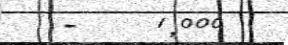
-    1